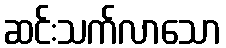
ဆင်းသက်လာသော